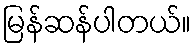
မြန်ဆန်ပါတယ်။